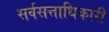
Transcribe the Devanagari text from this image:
सर्वसत्ताधिकारी